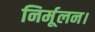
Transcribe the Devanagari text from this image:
निर्मूलन।